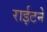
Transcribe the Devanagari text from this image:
राईटने